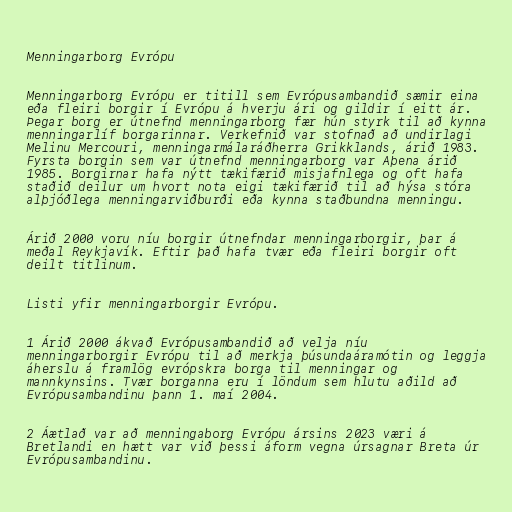
Menningarborg Evrópu

Menningarborg Evrópu er titill sem Evrópusambandið sæmir eina
eða fleiri borgir í Evrópu á hverju ári og gildir í eitt ár.
Þegar borg er útnefnd menningarborg fær hún styrk til að kynna
menningarlíf borgarinnar. Verkefnið var stofnað að undirlagi
Melinu Mercouri, menningarmálaráðherra Grikklands, árið 1983.
Fyrsta borgin sem var útnefnd menningarborg var Aþena árið
1985. Borgirnar hafa nýtt tækifærið misjafnlega og oft hafa
staðið deilur um hvort nota eigi tækifærið til að hýsa stóra
alþjóðlega menningarviðburði eða kynna staðbundna menningu.

Árið 2000 voru níu borgir útnefndar menningarborgir, þar á
meðal Reykjavík. Eftir það hafa tvær eða fleiri borgir oft
deilt titlinum.

Listi yfir menningarborgir Evrópu.

1 Árið 2000 ákvað Evrópusambandið að velja níu
menningarborgir Evrópu til að merkja þúsundaáramótin og leggja
áherslu á framlög evrópskra borga til menningar og
mannkynsins. Tvær borganna eru í löndum sem hlutu aðild að
Evrópusambandinu þann 1. maí 2004.

2 Áætlað var að menningaborg Evrópu ársins 2023 væri á
Bretlandi en hætt var við þessi áform vegna úrsagnar Breta úr
Evrópusambandinu.